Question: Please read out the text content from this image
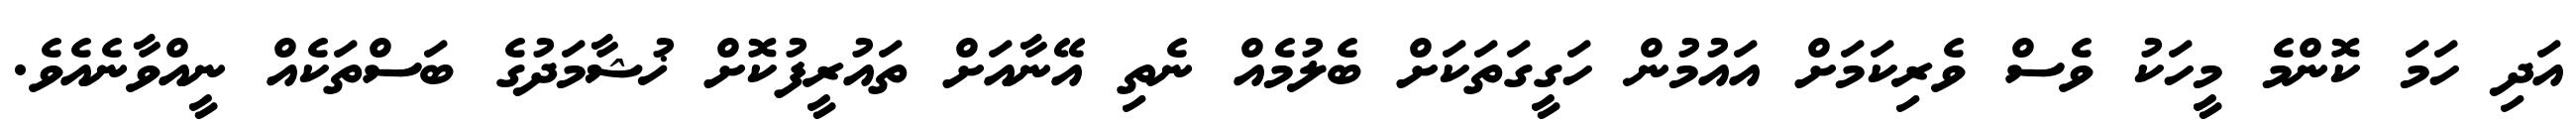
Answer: އަދި ހަމަ ކޮންމެ މީހަކު ވެސް ވެރިކަމަށް އައުމުން ހަގީގަތަކަށް ބެލުމެއް ނެތި އޭނާއަށް ތައުރީފުކޮށް ޚުޝާމަދުގެ ބަސްތަކެއް ނީއްވާނެއެވެ.